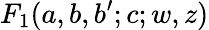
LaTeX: F_{1}(a,b,b^{\prime};c;w,z)